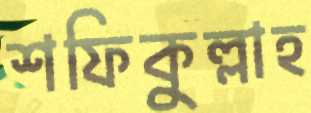
শফিকুল্লাহ